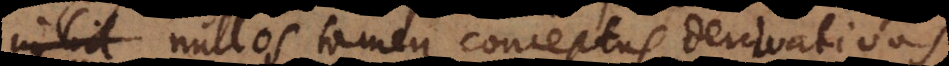
Dei. Nullos tamen conceptus derivativos